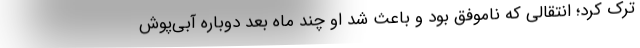
ترک کرد؛ انتقالی که ناموفق بود و باعث شد او چند ماه بعد دوباره آبی‌پوش